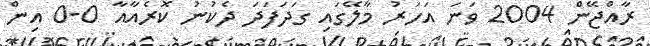
ރާއްޖޭން 2004 ވަނަ އަހަރު މާލޭގައި ގަދަފަދަ ދެކުނު ކޮރެއާއާ 0-0 އިން